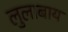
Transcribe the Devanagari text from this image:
लुलाबाय